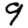
Digit: 9